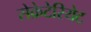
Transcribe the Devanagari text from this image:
सेक्रेटेरियेट